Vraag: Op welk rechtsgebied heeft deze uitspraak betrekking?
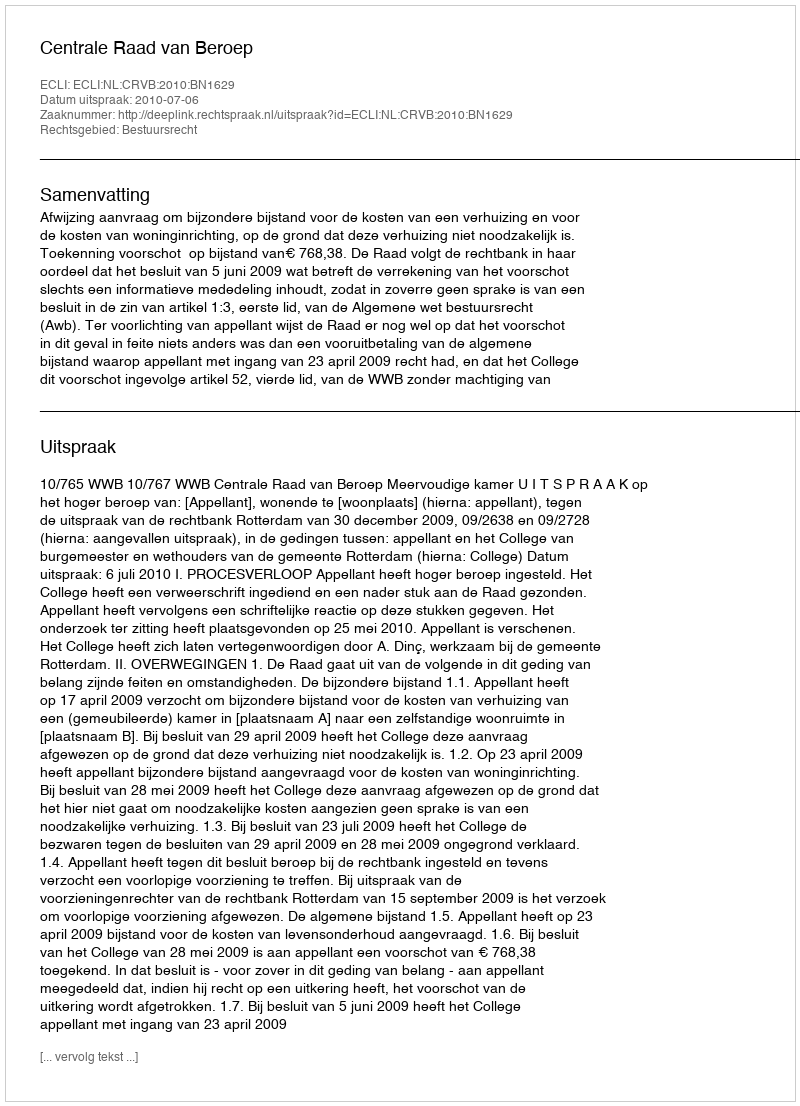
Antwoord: Bestuursrecht